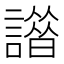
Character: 𧬢